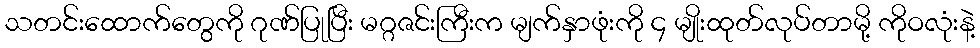
သတင်းထောက်တွေကို ဂုဏ်ပြုပြီး မဂ္ဂဇင်းကြီးက မျက်နှာဖုံးကို ၄ မျိုးထုတ်လုပ်တာမို့ ကိုဝလုံးနဲ့